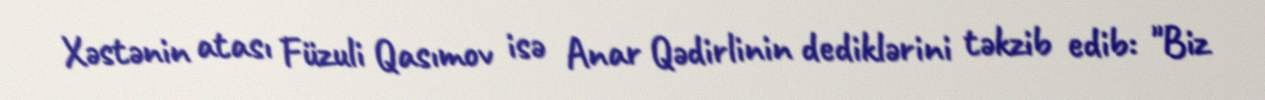
Xəstənin atası Füzuli Qasımov isə Anar Qədirlinin dediklərini təkzib edib: "Biz